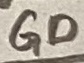
Text: GD